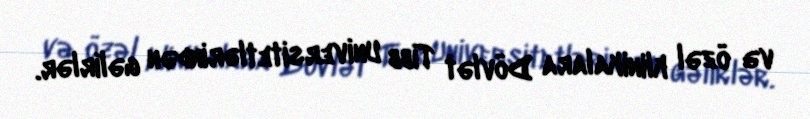
və özəl klinikalara Dövlət Tibb Universitetlərindən gəlirlər.